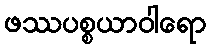
ဖဿပစ္စယာဝါရော